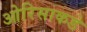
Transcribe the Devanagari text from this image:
ओरिसाकडे